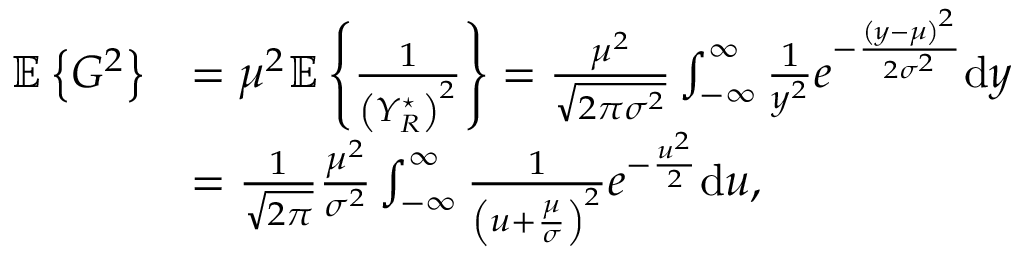
\begin{array} { r l } { \mathbb { E } \left\{ G ^ { 2 } \right\} } & { = \mu ^ { 2 } \mathbb { E } \left\{ \frac { 1 } { \left( Y _ { R } ^ { \star } \right) ^ { 2 } } \right\} = \frac { \mu ^ { 2 } } { \sqrt { 2 \pi \sigma ^ { 2 } } } \int _ { - \infty } ^ { \infty } \frac { 1 } { y ^ { 2 } } e ^ { - \frac { \left( y - \mu \right) ^ { 2 } } { 2 \sigma ^ { 2 } } } \mathrm { d } y } \\ & { = \frac { 1 } { \sqrt { 2 \pi } } \frac { \mu ^ { 2 } } { \sigma ^ { 2 } } \int _ { - \infty } ^ { \infty } \frac { 1 } { \left( u + \frac { \mu } { \sigma } \right) ^ { 2 } } e ^ { - \frac { u ^ { 2 } } { 2 } } \mathrm { d } u , } \end{array}